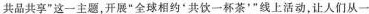
共品共享”这一主题，开展”全球相约'共饮一杯茶'”线上活动，让人们从一